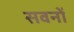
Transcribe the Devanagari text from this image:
सवनों